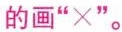
的画“×”。